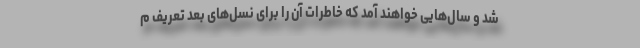
شد و سال‌هایی خواهند آمد که خاطرات آن را برای نسل‌های بعد تعریف م